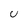
Character: U